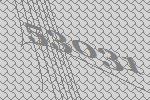
53031